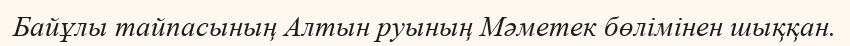
Байұлы тайпасының Алтын руының Мәметек бөлімінен шыққан.